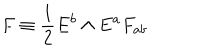
F \equiv { \frac { 1 } { 2 } } E ^ { b } \wedge E ^ { a } F _ { a b }